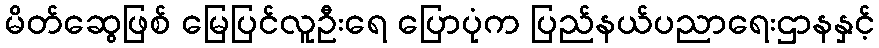
မိတ်ဆွေဖြစ် မြေပြင်လူဦးရေ ပြောပုံက ပြည်နယ်ပညာရေးဌာနနှင့်